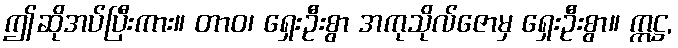
ဤဆိုအပ်ပြီးကား။ တာဝ၊ ရှေးဦးစွာ အကုသိုလ်ဇောမှ ရှေးဦးစွာ။ ဣဋ္ဌ,